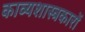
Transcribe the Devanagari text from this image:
काव्यशास्त्रकारों